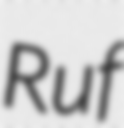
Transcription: Ruf